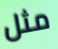
مثل